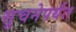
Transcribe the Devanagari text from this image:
सुचनेपर्यंत